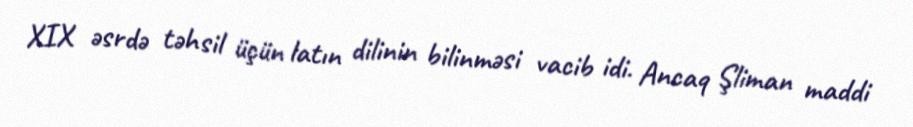
XIX əsrdə təhsil üçün latın dilinin bilinməsi vacib idi. Ancaq Şliman maddi